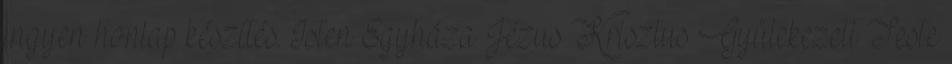
ingyen honlap készítés. Isten Egyháza Jézus Krisztus Gyülekezeti Teste